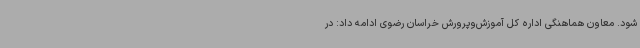
شود. معاون هماهنگی اداره کل آموزش‌وپرورش خراسان رضوی ادامه داد: در